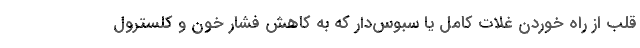
قلب از راه خوردن غلات کامل یا سبوس‌دار که به کاهش فشار خون و کلسترول